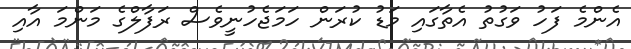
އެންމެ ފަހު ވަގުތު އެތާގައި މަޑު ކުރަން ހަމަޖެހުނީވެސް ރަފާލްގެ މަންމަ އާއި